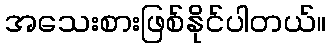
အသေးစားဖြစ်နိုင်ပါတယ်။